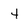
Character: 4